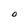
Character: O